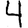
Digit: 4